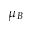
\mu _ { B }